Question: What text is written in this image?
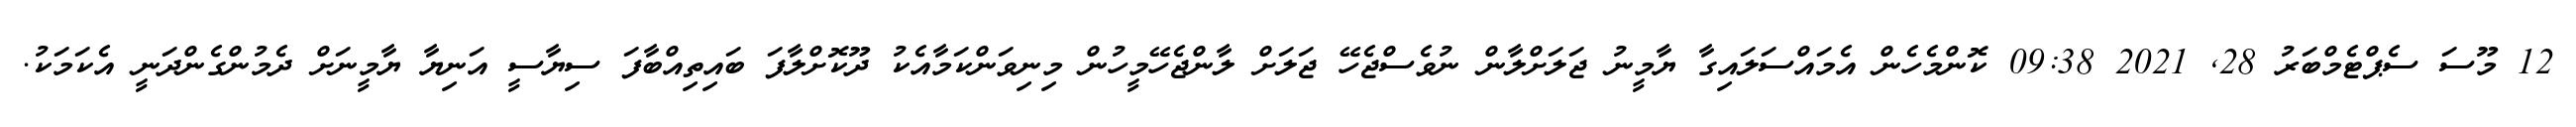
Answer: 12 މޫސަ ސެޕްޓެމްބަރު 28, 2021 09:38 ކޮންމެހެން އެމައްސަލައިގާ ޔާމީނު ޖަލަށްލާން ނުވެސްޖެހޭ ޖަލަށް ލާންޖެހޭމީހުން މިނިވަންކަމާއެކު ދޫކޮށްލާފަ ބައިތިއްބާފަ ސިޔާސީ އަނިޔާ ޔާމީނަށް ދެމުންގެންދަނީ އެކަމަކު.